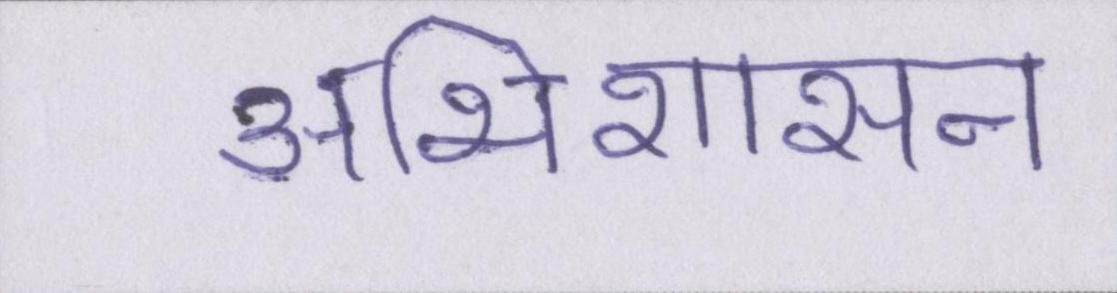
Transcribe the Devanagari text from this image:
अभिशासन